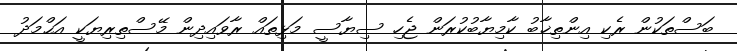
ބަސްތަކުން ރެކި އިންތިޚާބު ކާމިޔާބުކުރަން ޖެހި ސިޔާސީ މަޅިތައް ރާވައިދިން މޭސްތިރިޔަކީ އަޙްމަދު